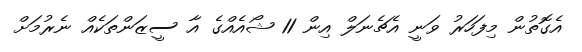
އެގޮތުން މިފަހަރު ވަނީ އެޗެނަލް އިން 11 ޝޯއެއްގެ އާ ސީޒަންތަކެއް ނެރުމަށް